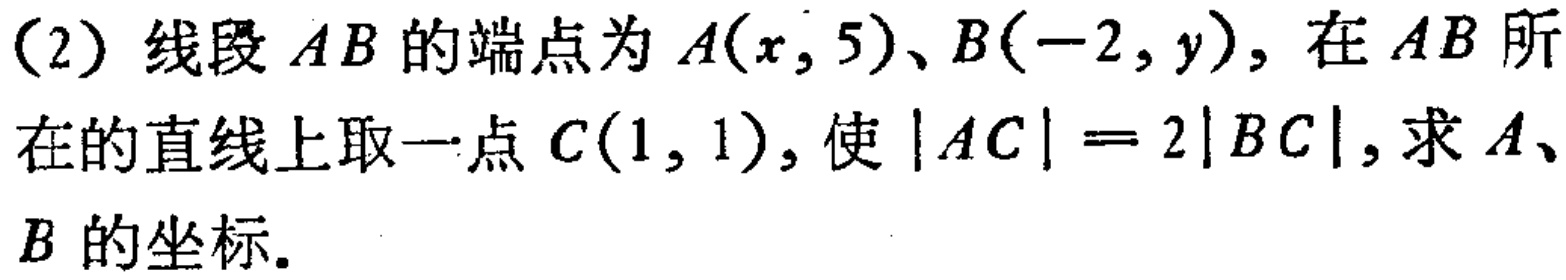
(2) 线段 \(AB\) 的端点为 \(A(x,5)\)、\(B(-2,y)\)，在 \(AB\) 所在的直线上取一点 \(C(1,1)\)，使 \(|AC| = 2|BC|\)，求 \(A\)、\(B\) 的坐标。